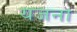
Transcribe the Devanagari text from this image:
यजना